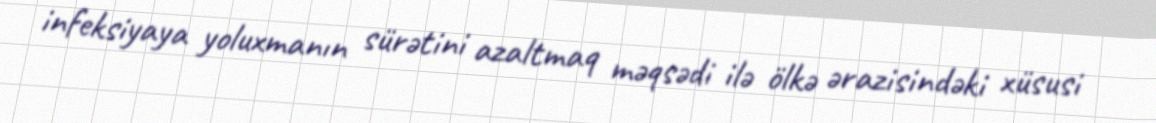
infeksiyaya yoluxmanın sürətini azaltmaq məqsədi ilə ölkə ərazisindəki xüsusi